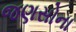
જણસોના